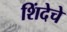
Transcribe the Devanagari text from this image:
शिंदेचे